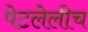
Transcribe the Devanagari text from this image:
पेटलेलीच